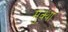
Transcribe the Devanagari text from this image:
मुक्था